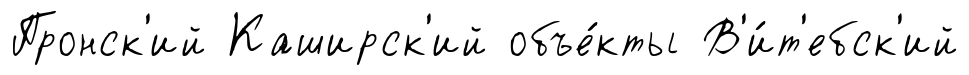
Пронск'ий Каширск'ий объе́кты В'и́т'ебск'ий